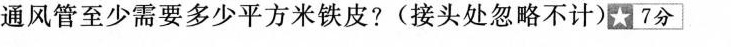
通风管至少需要多少平方米铁皮?(接头处忽略不计)★7分